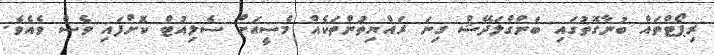
ރިޕޯޓްތައް ބުނާގޮތުގައި ބަންގްލަދޭޝް ގިނަ ރައްޔިތުންތަކެއް މެސީއަށް ސެލިއުޓް ކޮށްފައި ވެސް ވެއެވެ.